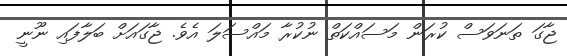
ޖާގަ ތަނަވަސް ކުރަން މަސައްކަތް ނުކުރާ މައްސަލަ އެވެ. ޖާގައަށް ބަލާފައި ނޫނީ